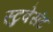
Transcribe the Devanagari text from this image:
स्टुवेसंट